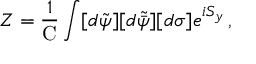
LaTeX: Z = \frac { 1 } { \mathrm { C } } \int [ d \tilde { \psi } ] [ d \tilde { \bar { \psi } } ] [ d \sigma ] e ^ { i S _ { y } } \, ,